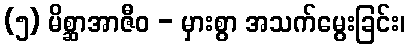
(၅) မိစ္ဆာအာဇီဝ - မှားစွာ အသက်မွေးခြင်း၊